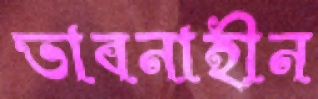
ভাবনাহীন